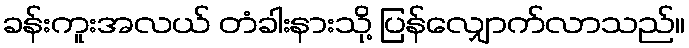
ခန်းကူးအလယ် တံခါးနားသို့ ပြန်လျှောက်လာသည်။